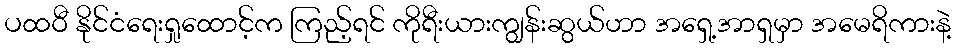
ပထဝီ နိုင်ငံရေးရှုထောင့်က ကြည့်ရင် ကိုရီးယားကျွန်းဆွယ်ဟာ အရှေ့အာရှမှာ အမေရိကားနဲ့